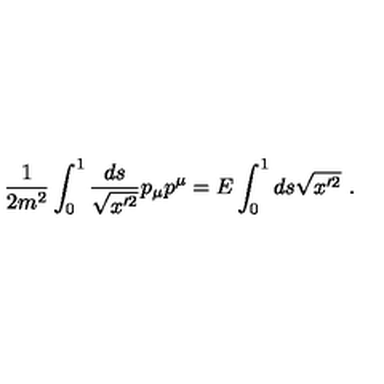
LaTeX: { \frac { 1 } { 2 m ^ { 2 } } } \int _ { 0 } ^ { 1 } { \frac { d s } { \sqrt { x ^ { \prime 2 } } } } p _ { \mu } p ^ { \mu } = E \int _ { 0 } ^ { 1 } d s \sqrt { x ^ { \prime 2 } } \ .